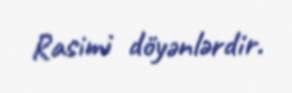
Rasimi döyənlərdir.